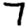
Digit: 7